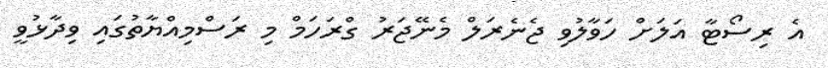
އެ ރިސޯޓާ އަލަށް ހަވާލުވި ޖެނެރަލް މެނޭޖަރު ގްރަހަމް މި ރަސްމިއްޔާތުގައި ވިދާޅުވީ